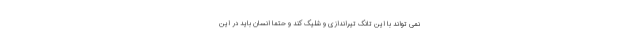
نمی تواند با این تانک تیراندازی و شلیک کند و حتما انسان باید در این